Annual statistical returns and brief notes on vaccination in Bengal - 1896-1909
Year: 1896
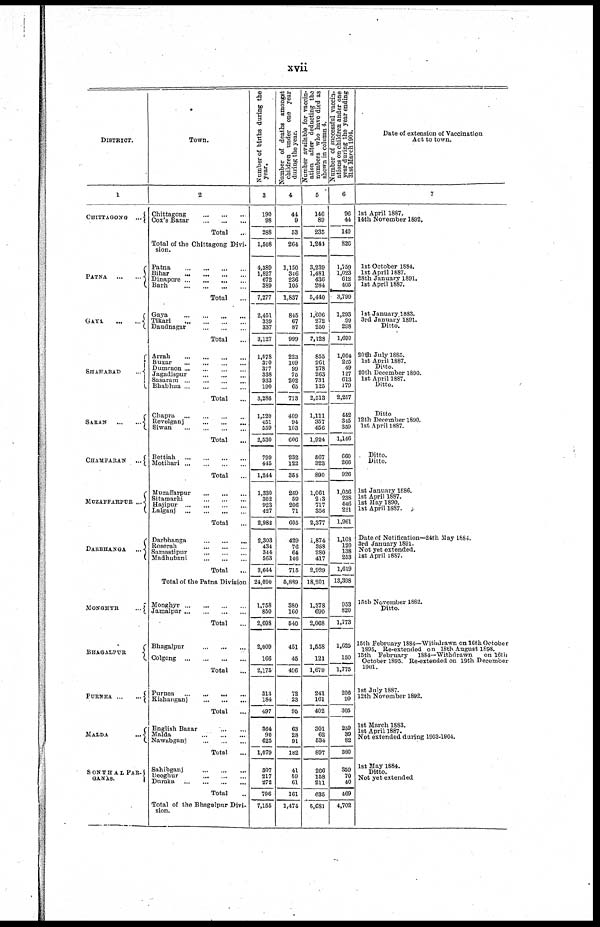
xvii
DISTRICT.
1
CHITTAGONG
...
PATNA
...
...
GAYA
...
...
SHAHABAD
...
SARAN
...
...
CHAMPARAN
...
MUZAFFARPUR ...
DARBHANGA
...
MONGHYR
...
BHAGALPUR
PURNEA
...
...
MALDA
...
SONTHAL PAR¬
GANÀS.
Town.
2
Chittagong
...
...
...
Cox's Bazar
...
...
...
Total ...
Total of the Chittagong Divi-
sion.
Patna
...
...
...
...
Bihar ... ... ... ...
Dinapore ... ... ... ...
Barh
...
...
...
...
Total ...
Gaya ... ... ... ...
Tikari ... ... ... ...
Daudnagar
...
...
...
Total ...
Arrah
...
...
...
...
Buxar ... ... ... ...
Dumraon ... ... ... ...
Jagadishpur ... ... ... ...
Sasaram
...
...
...
...
Bhabhua
...
...
...
...
Total ...
Chapra ... ... ... ...
Revelganj ... ... ... ...
Siwan
...
...
...
...
Total ...
Bettiah ... ... ... ...
Motihari
...
...
...
...
Total ...
Muzaffarpur
...
...
...
Sitamarhi
...
...
...
Hajipur
...
...
...
...
Lalganj
...
...
...
...
Total ...
Darbhanga
...
...
...
Roserah
...
...
...
Samastipur
...
...
...
Madhubani
...
...
...
Total ...
Total of the Patna Division
Monghyr
...
...
...
Jamalpur
...
...
...
Total ...
Bhagalpur
...
...
...
Colgong
...
...
...
Total ...
Purnea
...
...
...
...
Kishanganj
...
...
...
Total ...
English Bazar ... ...
Malda
...
...
...
Nawabganj
...
...
...
Total ...
Sahibganj
...
...
...
Deoghur
...
...
...
Dumka
...
...
...
...
Total ...
Total of the Bhagalpur Divi-
sion.
Number of births during the
year.
3
190
98
288
1,508
4,389
1,827
672
889
7,277
2,451
339
337
3,127
1,078
370
377
338
933
190
3,286
1,520
451
559
2,530
799
415
1,244
1,330
302
923
427
2,982
2,303
434
344
563
3,644
24,090
1,758
850
2,608
2,009
166
2,175
313
184
497
364
90
625
1,079
307
217
272
796
7,155
Number of deaths amongst
children under one year
during the year.
4
44
9
53
264
1,150
346
236
105
1,837
845
67
87
999
223
109
99
75
202
65
773
409
94
103
606
232
122
351
269
59
206
71
605
429
76
64
146
715
5,889
380
160
540
451
45
496
72
23
95
63
28
91
182
41
59
61
161
1,474
Number available for vaccin-
ation after deducting the
numbers who have died as
shown in column 4.
5
146
89
235
1,244
3,239
1,481
436
284
5,440
1,606
272
250
2,128
855
261
278
263
731
125
2,513
1,111
357
456
1,924
567
323
890
1,061
213
717
356
2,377
1,874
358
280
417
2,929
18,201
1,378
690
2,068
1,558
121
1,679
241
161
402
301
62
534
897
266
158
211
635
5,681
Number of successful vaccin-
ations on children under one
year during the year ending
31st March 1904.
6
96
44
140
826
1,759
1,023
612
405
3,799
1,293
99
298
1,690
1,064
225
49
127
613
179
2,257
442
345
359
1,146
660
266
926
1,056
238
446
221
1,961
1,103
120
138
253
1,619
13,398
953
820
1,773
1,625
150
1,775
206
99
305
259
39
82
380
359
70
40
469
4,702
Date of extension of Vaccination
Act to town.
7
1st April 1887.
14th November 1892.
1st October 1884.
1st April 1887.
28th January 1891.
1st April 1887.
1st January 1883.
3rd January 1891.
Ditto.
20th July 1885.
1st April 1887.
Ditto.
20th December 1890.
1st April 1887.
Ditto.
Ditto
12th December 1890.
1st April 1887.
Ditto.
Ditto.
1st January 1886.
1st April 1887.
1st May 1890.
1st April 1887.
Date of Notification—24
May 1884.
3rd January 1891.
Not yet extended.
1st April 1887.
15th November 1882.
Ditto.
15th February 1884—Withdrawn on 16thOctober
1895. Re-extended on 18th August 1898.
15th February
1884—Withdrawn
on 16th
October 1895. Re-extended on 19th December
1901.
1st July 1887.
12th November 1892.
1st March 1883.
1st April 1887.
Not extended during 1903-1904.
1st May 1884.
Ditto.
Not yet extended.